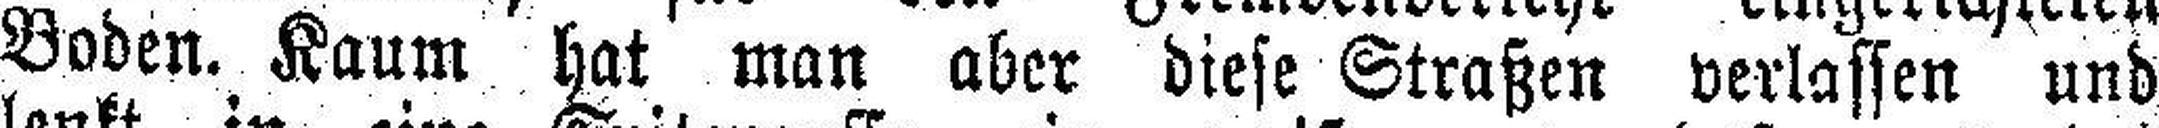
Boden. Kaum hat man aber diese Straßen verlassen und